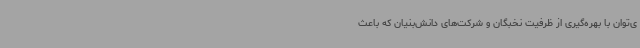
ی‌توان با بهره‌گیری از ظرفیت نخبگان و شرکت‌های دانش‌بنیان که باعث